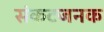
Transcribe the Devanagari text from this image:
संकटजनक